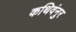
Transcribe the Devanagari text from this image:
कथिवंनुर